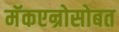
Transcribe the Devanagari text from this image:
मॅकएन्रोसोबत